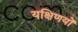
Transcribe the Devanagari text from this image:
यक्षिणयों